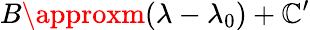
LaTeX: B\approxm(\lambda-\lambda_{0})+\mathbb{C}^{\prime}